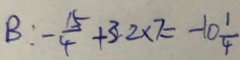
B : - \frac { 1 5 } { 4 } + 3 2 \times 7 = - 1 0 \frac { 1 } { 4 }